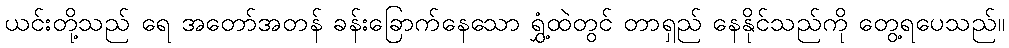
ယင်းတို့သည် ရေ အတော်အတန် ခန်းခြောက်နေသော ရွှံ့ထဲတွင် တာရှည် နေနိုင်သည်ကို တွေ့ရပေသည်။